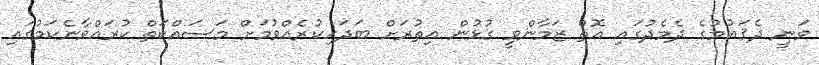
ވަނީ ދެޤައުމުގެ ދެމެދުގައި އޮތް ޒަމާންވީ ގުޅުން އިތުރަށް ބަދަހިކުރެއްވުމަށް މަސައްކަތް ކުރައްވާނެކަމުގައި